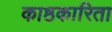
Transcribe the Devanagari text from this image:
काष्ठकारिता